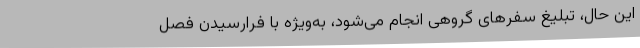
این حال، تبلیغ سفرهای گروهی انجام می‌شود، به‌ویژه با فرارسیدن فصل